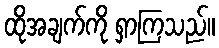
ထိုအချက်ကို ရှာကြသည်။